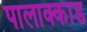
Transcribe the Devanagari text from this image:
पालाक्काड